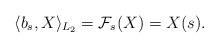
LaTeX: \begin{align*}\langle b_s, X\rangle_{L_2}={\cal F}_s (X)=X(s).\end{align*}